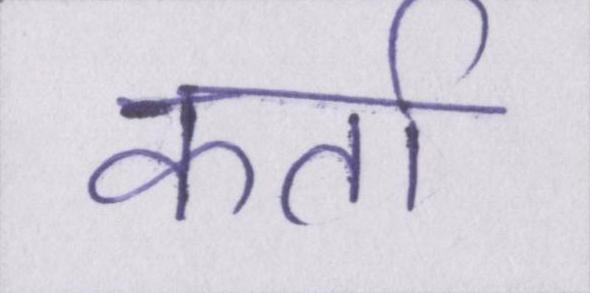
कर्ता